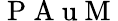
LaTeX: \mathrm{~P~A~u~M~}